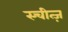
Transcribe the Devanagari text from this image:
स्चीत्ज़